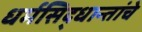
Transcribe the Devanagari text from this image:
धर्मसिद्धान्तांचे